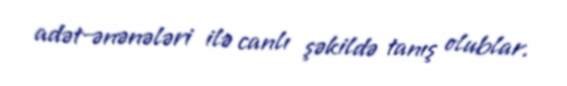
adət-ənənələri ilə canlı şəkildə tanış olublar.